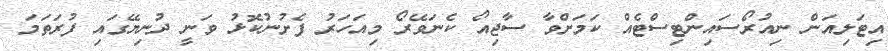
އިޓަލިއަން ނިއުރޯސައިންޓިސްޓެއް ކަމަށްވާ ސާޖިއޯ ކެނަވޭރޯ މިއަހަރު ފެށުނުކޮޅު ވަނީ ދުނިޔޭގައި ފުރަތަމަ